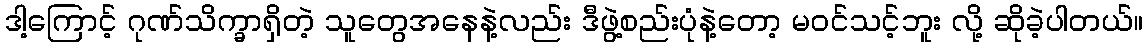
ဒါ့ကြောင့် ဂုဏ်သိက္ခာရှိတဲ့ သူတွေအနေနဲ့လည်း ဒီဖွဲ့စည်းပုံနဲ့တော့ မဝင်သင့်ဘူး လို့ ဆိုခဲ့ပါတယ်။